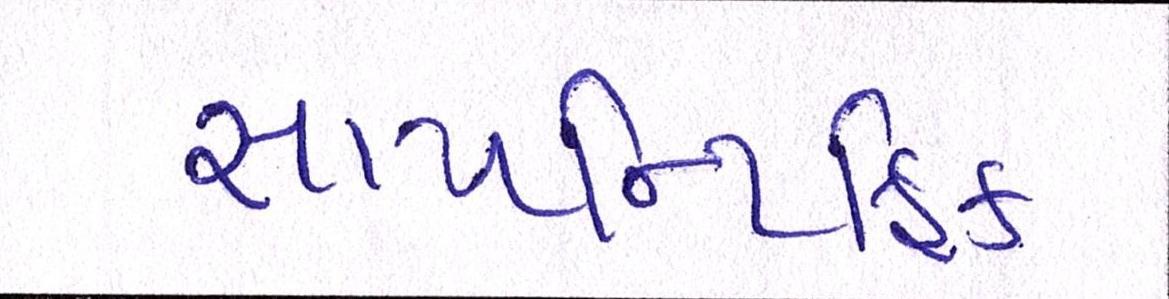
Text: સાયન્ટિફિક